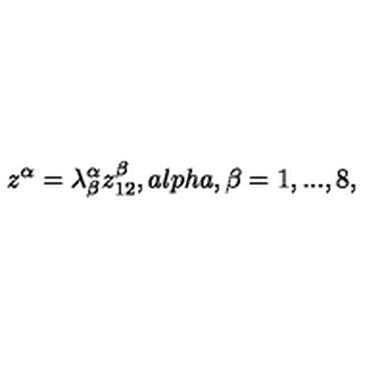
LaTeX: z ^ { \alpha } = \lambda _ { \beta } ^ { \alpha } z _ { 1 2 } ^ { \beta } , a l p h a , \beta = 1 , . . . , 8 ,